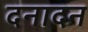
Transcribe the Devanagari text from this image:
दनादन